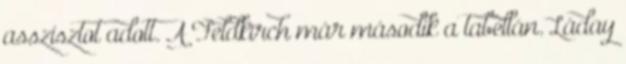
asszisztot adott. A Feldkirch már második a tabellán. Láday